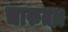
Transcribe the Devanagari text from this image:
चारुता।